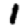
Digit: 1